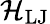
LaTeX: \mathcal{H}_{\mathrm{LJ}}